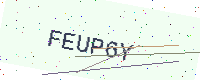
Text: FEUP6Y